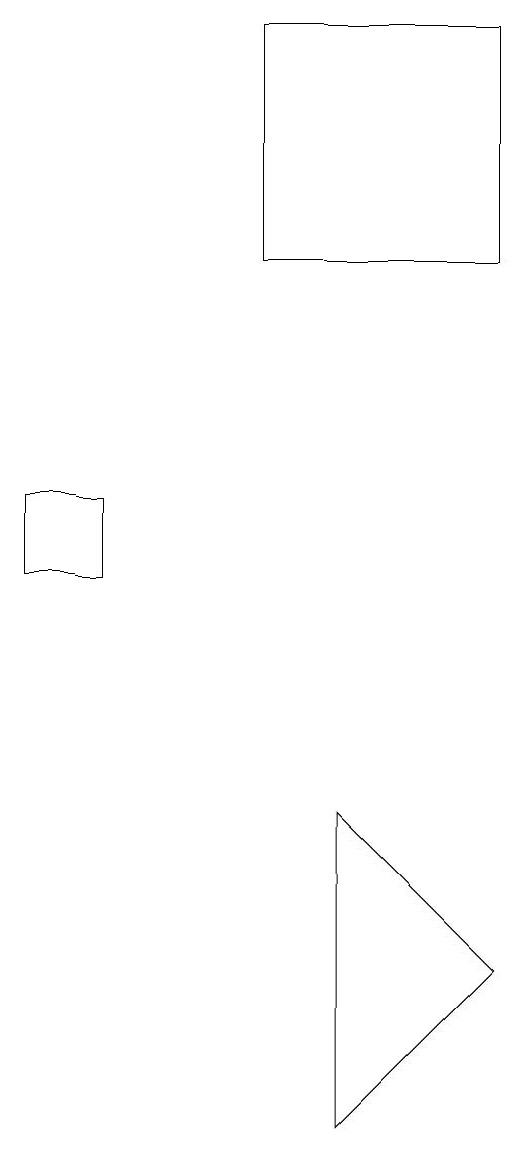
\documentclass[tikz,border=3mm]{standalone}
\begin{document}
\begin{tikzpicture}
\draw (8,18) rectangle (5,15);
\draw (3,12) rectangle (2,11);
\draw (6,8) -- (6,4) -- (8,6) -- cycle;
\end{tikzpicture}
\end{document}